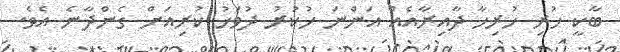
ބާކީ ހުރި ހުރިހާ ދާއިރާއެއް އަންނަ ހުކުރު ދުވަހު ކުރިއަށް ގެންދާނެ އެވެ.